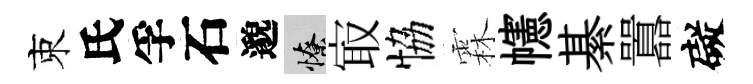
束氏孚石邈憭㝡恊霖幰綦囂礙